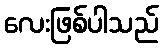
လေးဖြစ်ပါသည်